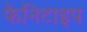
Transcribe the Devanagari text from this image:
फेनिटाइप